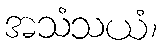
အသံသယံ၊